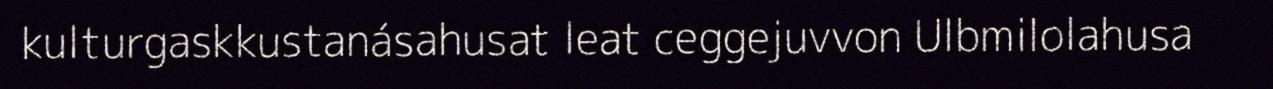
kulturgaskkustanásahusat leat ceggejuvvon Ulbmilolahusa